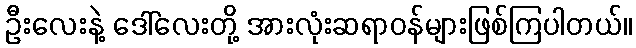
ဦးလေးနဲ့ ဒေါ်လေးတို့ အားလုံးဆရာဝန်များဖြစ်ကြပါတယ်။